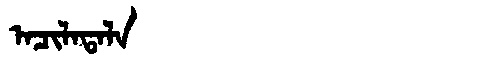
Manchu: ᠠᠴᡳᠯᠠᡨᠠᠯᠠ
Romanization: ACILATALA